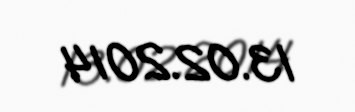
13.02.2014